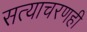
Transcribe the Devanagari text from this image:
सत्याचरणही